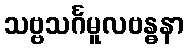
သဗ္ဗသင်္ဂမူလဗန္ဓနာ